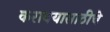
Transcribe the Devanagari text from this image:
करावयासाठीचे